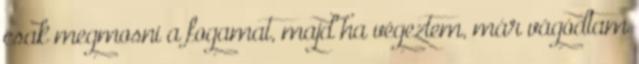
csak megmosni a fogamat, majd ha végeztem, már vágódtam